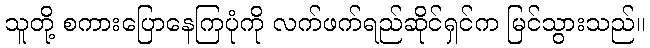
သူတို့ စကားပြောနေကြပုံကို လက်ဖက်ရည်ဆိုင်ရှင်က မြင်သွားသည်။